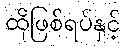
ထိုဖြစ်ရပ်နှင့်